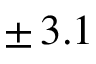
\pm \, 3 . 1